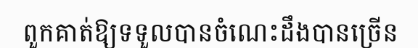
ពួកគាត់ឱ្យទទួលបានចំណេះដឹងបានច្រើន